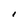
Character: I